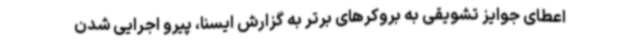
اعطای جوایز تشویقی به بروکرهای برتر به گزارش ایسنا، پیرو اجرایی شدن